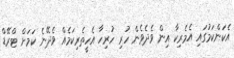
އެކަންކަމުގައި އެމެރިކާ އިން ވެދެވެން ހުރި ހުރިހާ އެހީތެރިކަމެއް ވެދޭނެ ކަމަށް ޓްރޭޑް